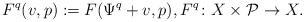
\begin{align*} F^q(v,p) := F(\Psi^q + v, p),F^q\colon X\times\mathcal P\to X.\end{align*}